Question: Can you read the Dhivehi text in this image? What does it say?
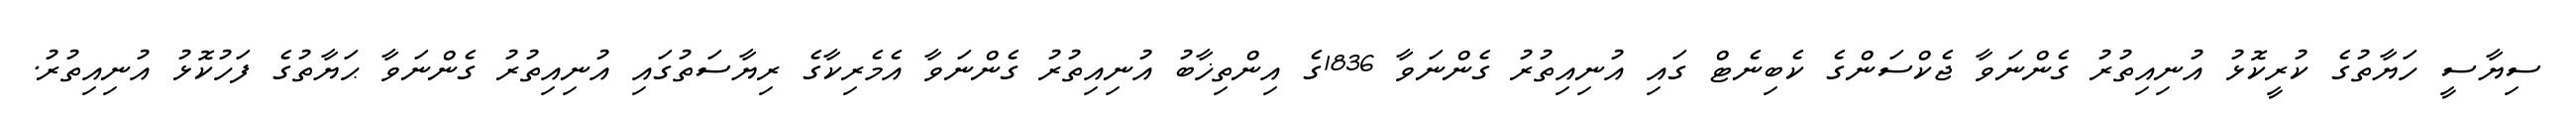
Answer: ސިޔާސީ ހަޔާތުގެ ކުރީކޮޅު އުނިއިތުރު ގެންނަވާ ޖެކްސަންގެ ކެބިނެޓް ގައި އުނިއިތުރު ގެންނަވާ 1836ގެ އިންތިޚާބު އުނިއިތުރު ގެންނަވާ އެމެރިކާގެ ރިޔާސަތުގައި އުނިއިތުރު ގެންނަވާ ޙަޔާތުގެ ފަހުކޮޅު އުނިއިތުރު.